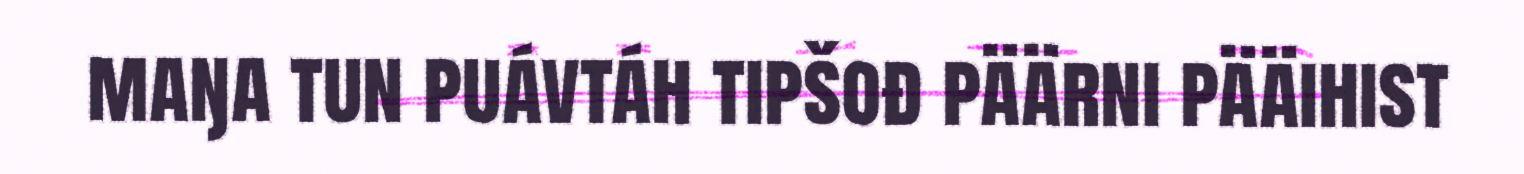
maŋa tun puávtáh tipšođ päärni pääihist